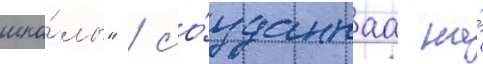
шко́лы" / со́зданнаа на́